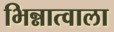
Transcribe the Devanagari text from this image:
भिन्नात्वाला